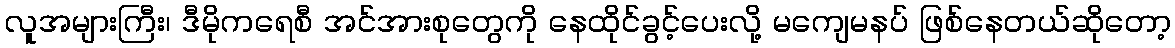
လူအများကြီး၊ ဒီမိုကရေစီ အင်အားစုတွေကို နေထိုင်ခွင့်ပေးလို့ မကျေမနပ် ဖြစ်နေတယ်ဆိုတော့